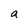
Character: a